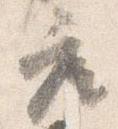
座